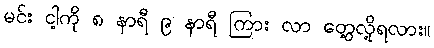
မင်း ငါ့ကို ၈ နာရီ ၉ နာရီ ကြား လာ တွေ့လို့ရလား။